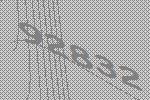
92832